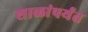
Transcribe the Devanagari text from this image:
शाळांपर्यंत